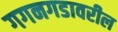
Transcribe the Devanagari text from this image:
गगनगडावरील